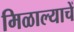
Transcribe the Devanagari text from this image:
मिळाल्याचें